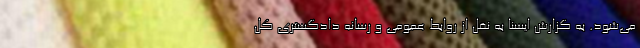
می‌شود. به گزارش ایسنا به نقل از روابط عمومی و رسانه‌ دادگستری کل